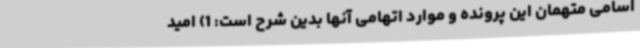
اسامی متهمان این پرونده و موارد اتهامی آنها بدین شرح است: 1) امید